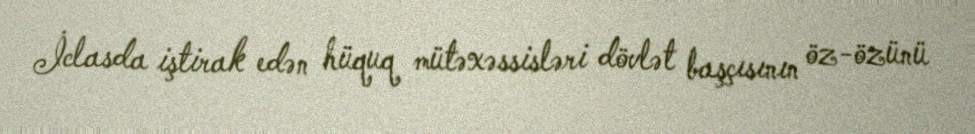
İclasda iştirak edən hüquq mütəxəssisləri dövlət başçısının öz-özünü